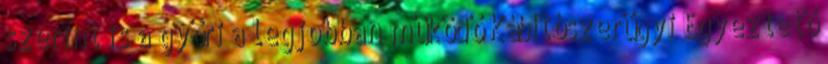
szerint is a győri a legjobban működő Kábítószerügyi Egyeztető